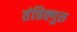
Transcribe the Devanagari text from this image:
तंत्रिक्गुरु